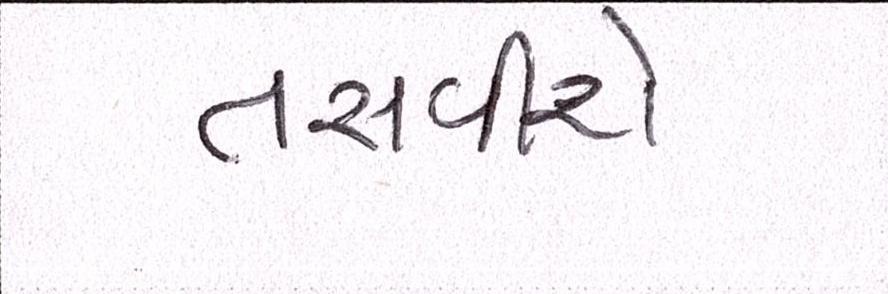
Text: તસવીરો